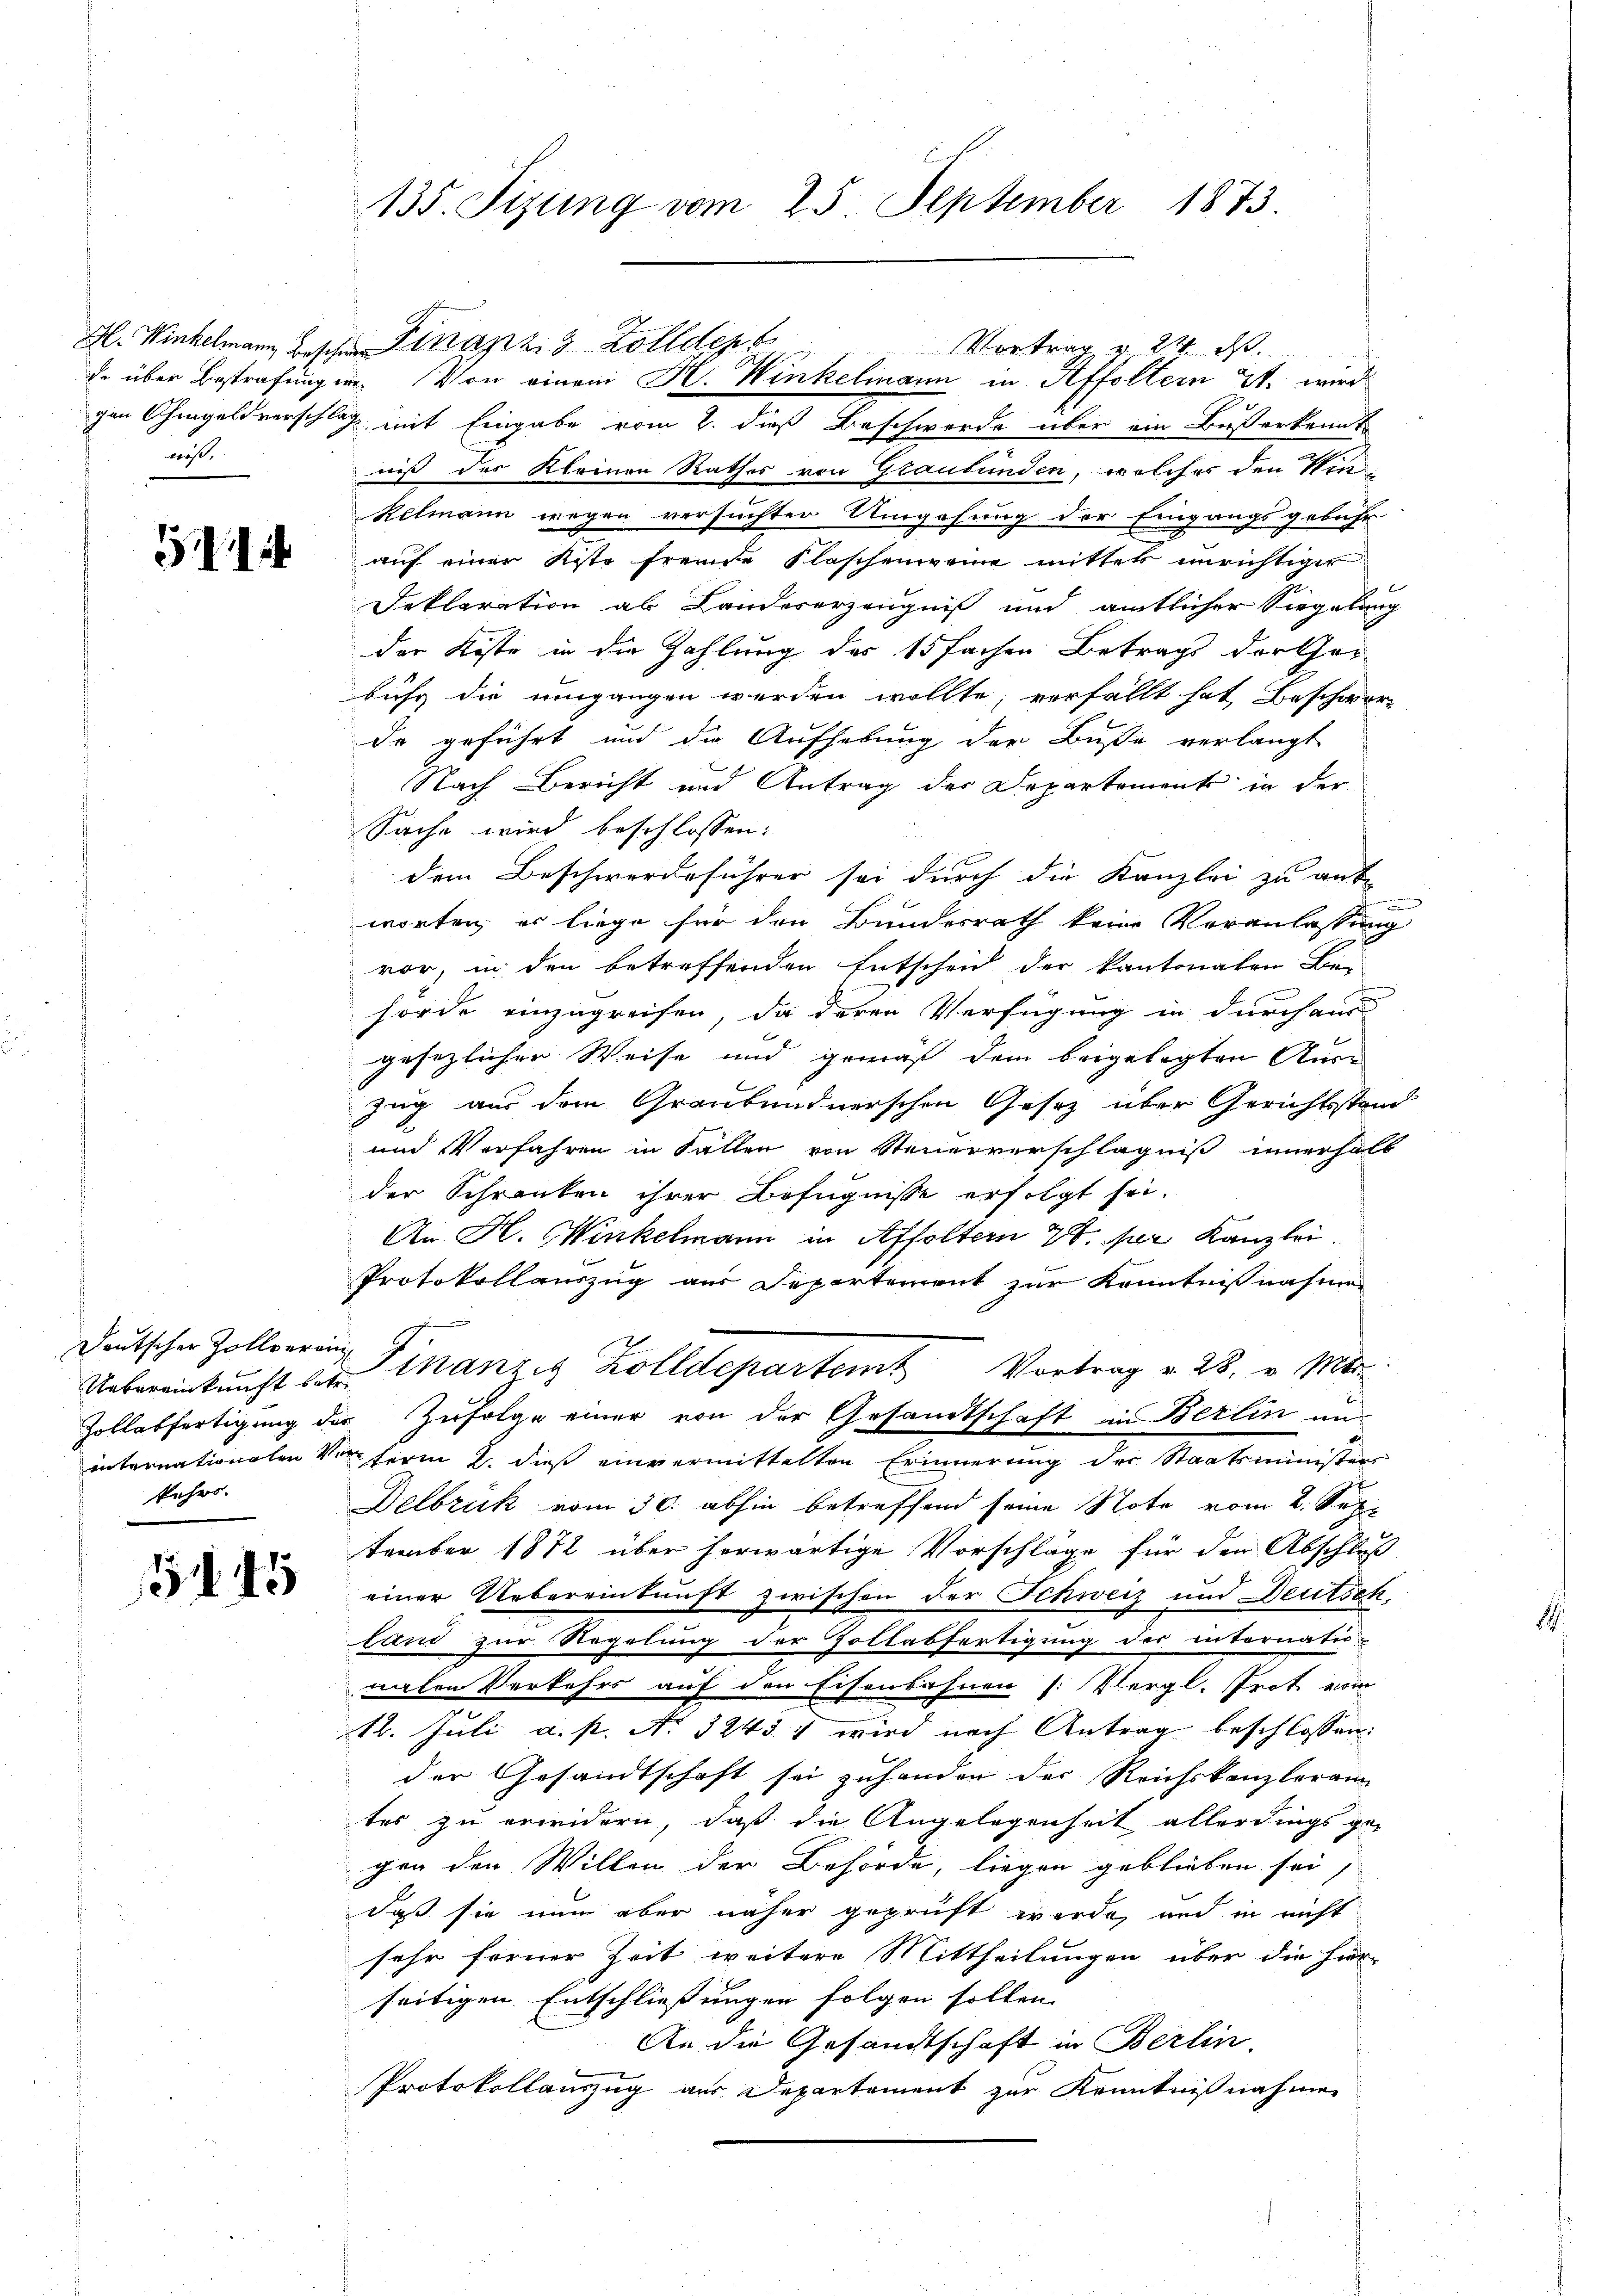
wohl.

514

Deutscher Zollverein
kehrt.

51. 45

135. Sizung vom 25. September 1873.

gen Ohmgeldverschlag mit Eingabe vom 2. dieß Beschwerde über ein Bußerkannt
niß des Kleinen Rathes von Graubünden, welches den Win¬
Kelmann wegen versuchter Umgehung der Eingangsgebühr
auf einer Kiste fremde Klaschenweine mitter unrichtiger
Deklaration ab Landererzeugniß und amtlicher Siegelung
der Köste in die Zahlung des 15 fachen Betrags der Ger
bühr die umgangen werden wollte, verfällt hat Beschwore
de geführt und die Aufhebung der Buße verlangt
Nach Bericht und Antrag der Departements in der
Sache wird beschlossen:
dem Beschwerdeführer sei durch die Kanzlei zu ant-
worten, er liege für den Bundesrath keine Veranlassung
vor, in den betreffenden Entscheid der kantonaten Ber
hörde einzugreifen, da deren Verfügung in durch aus
gesezlicher Weise und gemäß dem beigelegten Anse
Zug aus dem Graubündnerschen Gesetz über Gerichtsstand
und Verfahren in Fallen von Steuerverschlägnis innerhalt
der Schranken ihrer Befugnisse erfolgt sei.
An H. Winkelmann in Affoltern 28. per Kanzlei.
Protokollauszug aus Departement zur Kenntnißnahme
Uebereinkunft seinanzig Zolldepartem Vortrag v. 28. v. Mts.
Zollabfertigung der Zufolge einer von der Gesandtschaft in Berlin un
internationen Verferm 2. dieß einvermittelten Erinnerung der Staatsminister
Delbrück vom 30. abhin betreffend seine Note vom 2. Sep
tember 1872 über herwärtige Vorschläge für den Abschluß
einer Uebereinkunft zwischen der Schweiz und Deutsch
tand zur Regelung der Zollabfertigung der internatio
naten Verkehrs auf den Eisenbahnen [Vergl. Trot vom
12. Juli a. p. No 32437 wird nach Antrag beschlossen:
der Gesandtschaft sei zuhanden der Reichskanzleram
tes zu erwidern, daß die Angelegenheit allerdings ge-
gen den Willen der Behörde, liegen geblieben sei,
daß sie nun aber näher geprüft werde, und in nicht
sehr ferner Zeit weitere Mittheilungen über die hier-
seitigen Entschließungen folgen sollen.
An die Gesandtschaft in Berlin,
Protokollauszug aus Departement zur Kenntnißnahmen

H. Winkelmann Bischen Finanz, 8 Zolldept

Vortrag v. 24. d.
de über Bestrafung in Von einem K. Winkelmann in Affoltern 2. wird